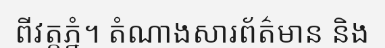
ពីវត្តភ្នំ។ តំណាងសារព័ត៌មាន និង